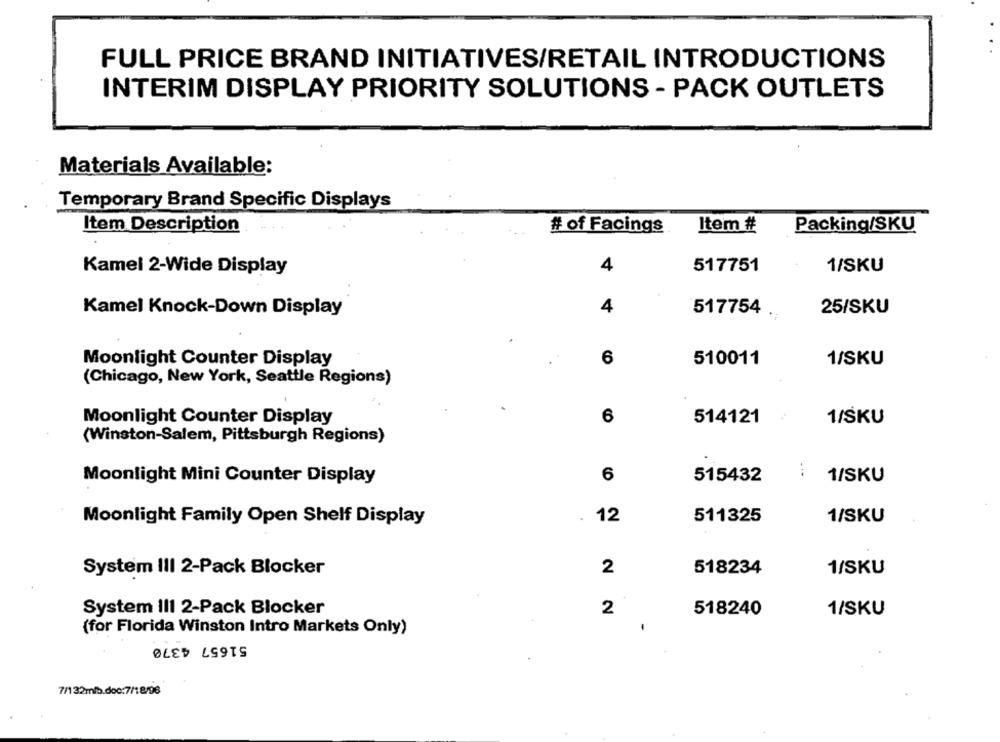
FULL PRICE BRAND INITIATIVES/RETAIL INTRODUCTIONS
INTERIM DISPLAY PRIORITY SOLUTIONS - PACK OUTLETS
Materials Available:
Temporary Brand Specific Displays
Item Description
# of Facings
Item #
Packing/SKU
517751
1/SKU
Kamel 2-Wide Display
4
Kamel Knock-Down Display
4
517754 .
25/SKU
Moonlight Counter Display
6
510011
1/SKU
(Chicago, New York, Seattle Regions)
Moonlight Counter Display
6
514121
1/SKU
(Winston-Salem, Pittsburgh Regions)
...
Moonlight Mini Counter Display
6
515432
1/SKU
.
12
511325
1/SKU
Moonlight Family Open Shelf Display
System III 2-Pack Blocker
2
518234
1/SKU
System III 2-Pack Blocker
2
518240
1/SKU
(for Florida Winston Intro Markets Only)
51657 4370
7/132mlb.doc:7/18/96